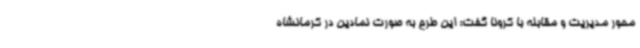
محور مدیریت و مقابله با کرونا گفت: این طرح به صورت نمادین در کرمانشاه